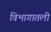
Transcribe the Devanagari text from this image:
विभागातली